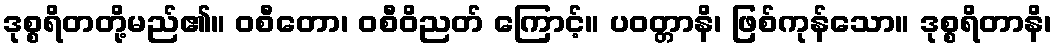
ဒုစ္စရိတတို့မည်၏။ ဝစီတော၊ ဝစီဝိညတ် ကြောင့်။ ပဝတ္တာနိ၊ ဖြစ်ကုန်သော။ ဒုစ္စရိတာနိ၊